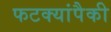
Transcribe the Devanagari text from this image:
फटक्यांपैकी